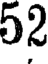
52